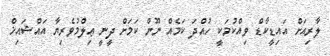
ލާރިއަށް އައިޑީކާޑް ވިއްކުމަކީ ހުއްދަ ކަމެއް ނޫން ކަމަށް ދީނީ ޢިލްމުވެރިޔާ އައްޝައިޚް